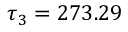
\tau _ { 3 } = 2 7 3 . 2 9